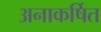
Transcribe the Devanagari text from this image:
अनाकर्षित